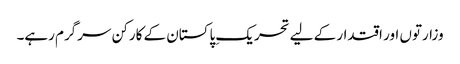
وزارتوں اور اقتدار کے لیے تحریکِ پاکستان کے کارکن سرگرم رہے۔